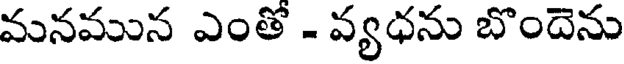
మనమున ఎంతో - వ్యధను బొందెను